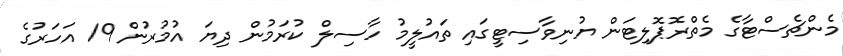
މެންޗެސްޓާގެ މެތްރޮޕޮލިޓަން ޔުނިވާސިޓީގައި ތައުލީމު ހާސިލް ކުރަމުން ދިޔަ އުމުރުން 19 އަހަރުގެ